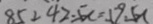
8 5 - 4 2 . 5 x = 1 9 . 5 x